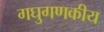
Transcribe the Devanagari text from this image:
गघुगणकीय